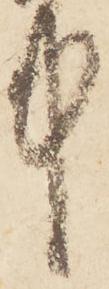
中